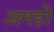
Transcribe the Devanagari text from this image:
अनहो